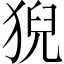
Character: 猊